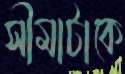
সীমাটাকে